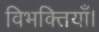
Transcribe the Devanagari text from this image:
विभक्तियाँ।